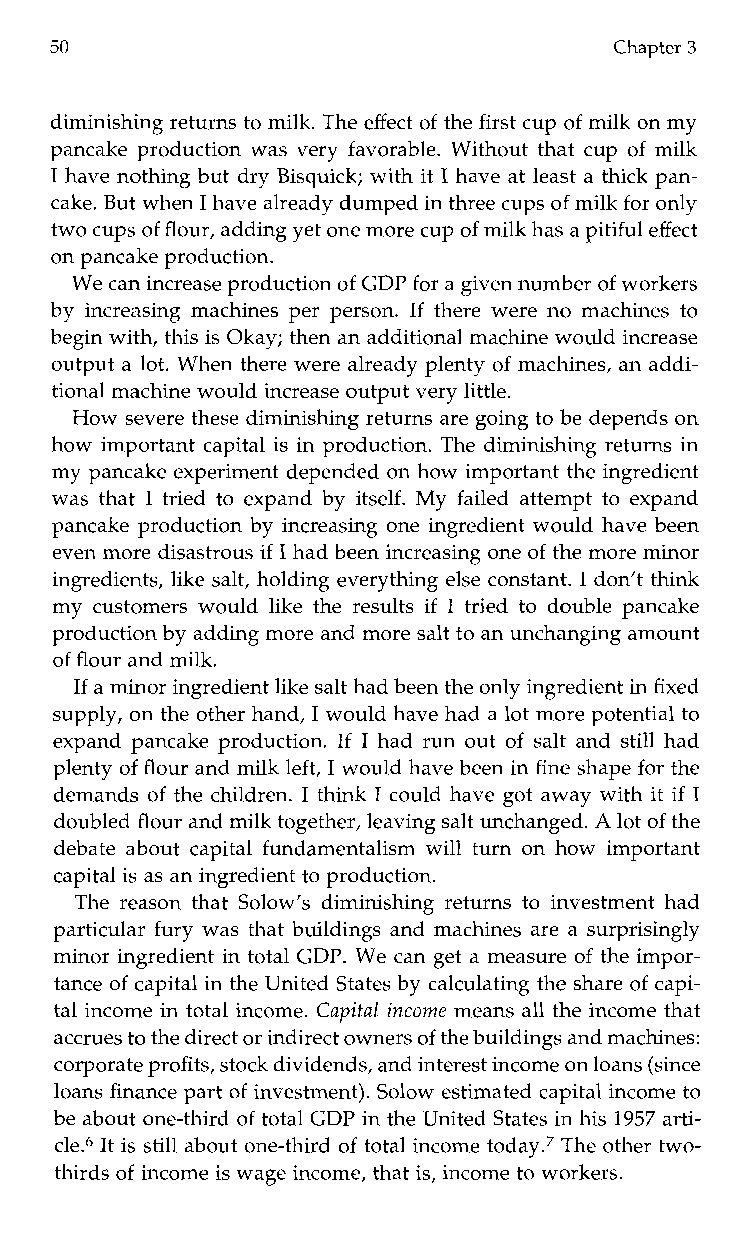
50                                    Chapter 3
 diminishing returns to milk. The effect of the first cup of milk on my
 pancake production was very favorable. Without that cup of milk
 I have nothing but dry Bisquick; with it I have at least a thick pan-
 cake. But when I have already dumped in three cups of milk for only
 two cupso f flour, adding yet one more cupo f milk has ap itiful effect
 on pancake production.
 We can increase production of GDP for a given number of workers
 by increasing machines per person. If there were no machines to
 begin with, this is Okay; then an additional machine wouldin crease
 output a lot. When there were already plenty of machines, an addi-
 tional machine would increase output very little.
 How severe these diminishing returns are going to be depends on
 how important capital is in production. The diminishing returns in
 my pancake experiment depended on how important the ingredient
 was that I tried to expand by itself. My failed attempt to expand
 pancake production by increasing one ingredient would have been
 even more disastrous if I had been increasing one of the more minor
 ingredients, like salt, holding everything else constant. I don’t think
 my customers would like the results if I tried to double pancake
 production by adding more and more salt to an unchanging amount
 of flour and milk.
 If a minor ingredienlti ke salt had been the only ingredient in fixed
 supply, on the other hand, I would have had al ot more potential to
 expand pancake production. If I had run out of salt and still had
 plenty of flour and milk left, I would have beeni n fine shape for the
 demands of the children. I think I could have got away with it if I
 doubled flour and milk together, leaving salt unchanged.A lot of the
 debate about capital fundamentalism will turn on how important
 capital is as an ingredientt o production.
 The reason that Solow’s diminishing returns to investment had
 particular fury was that buildings and machines are a surprisingly
 minor ingredient in total GDP. We can get a measure of the impor-
 tance of capital in the United States by calculating the share of capi-
 tal income in total income. Capital income means all the income that
 accrues to the direct or indirect owners of the buildings andm achines:
 corporate profits, stock dividends, andi nterest income on loans (since
 loans finance part of investment). Solow estimated capital income to
 be about one-third of total GDP in the United States in his 1957 arti-
 cle.6 It is still about one-third of total income today.7T he other two-
 thirds of income is wage income, that is, income to workers.